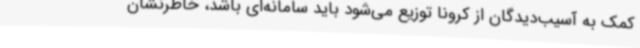
کمک به آسیب‌دیدگان از کرونا توزیع می‌شود باید سامانه‌ای باشد، خاطرنشان